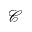
\mathcal { C }